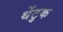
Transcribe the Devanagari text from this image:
थेंटुक